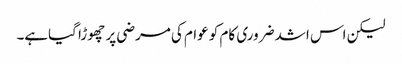
لیکن اس اشد ضروری کام کو عوام کی مرضی پر چھوڑا گیاہے۔